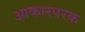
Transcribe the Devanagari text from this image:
आकारपरक